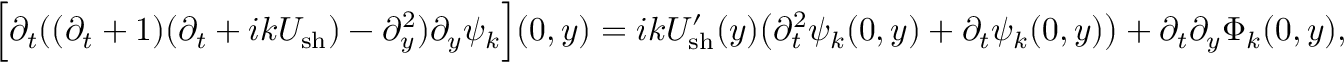
\Big [ \partial _ { t } ( ( \partial _ { t } + 1 ) ( \partial _ { t } + i k U _ { \mathrm { s h } } ) - \partial _ { y } ^ { 2 } ) \partial _ { y } \psi _ { k } \Big ] ( 0 , y ) = i k U _ { \mathrm { s h } } ^ { \prime } ( y ) \big ( \partial _ { t } ^ { 2 } \psi _ { k } ( 0 , y ) + \partial _ { t } \psi _ { k } ( 0 , y ) \big ) + \partial _ { t } \partial _ { y } \Phi _ { k } ( 0 , y ) ,